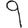
Digit: 9